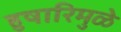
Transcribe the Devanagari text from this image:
हुषारिमुळे